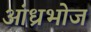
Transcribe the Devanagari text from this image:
आंध्रभोज